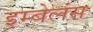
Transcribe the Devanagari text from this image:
इम्बेलंस